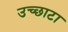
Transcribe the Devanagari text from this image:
उच्छाटा